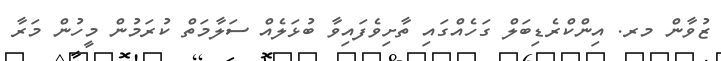
ޒުވާން މރ. އިންކްރެޑިބަލް ގަހެއްގައި ތާށިވެފައިވާ ބުޅަލެއް ސަލާމަތް ކުރަމުން މީހުން މަރާ